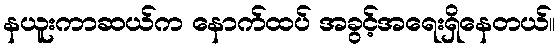
နယူးကာဆယ်က နောက်ထပ် အခွင့်အရေးရှိနေတယ်။